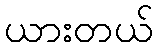
ယားတယ်